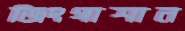
জিংগাশান